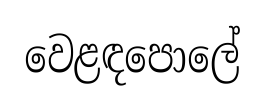
වෙළඳපොලේ